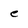
Character: e